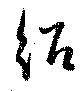
紹